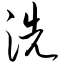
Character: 洗